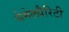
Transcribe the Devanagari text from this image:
सेमेलपैरिटी